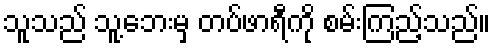
သူသည် သူ့ဘေးမှ တပ်ဖာရီကို စမ်းကြည့်သည်။